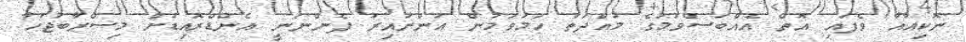
ނޮކިއާއާ ވެފައި އޮތް އެއްބަސްވުމުގެ މުއްދަތު ހަމަވަމުން އަންނައިރު ފެންނަނީ އެންޑްރޮއިޑަށް މިސްރާބުޖަހާ